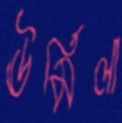
ঊর্মিলা